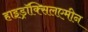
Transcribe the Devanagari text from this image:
हाइड्राॅक्सिलएमीन